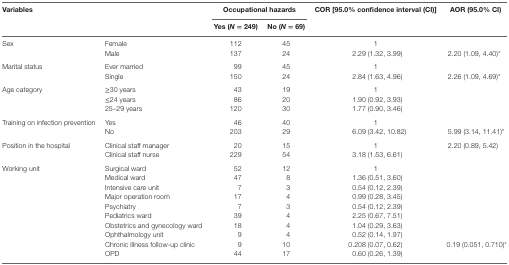
<table><thead><tr><td rowspan="2" colspan="2"><b>Variables</b></td><td colspan="2"><b>Occupational hazards</b></td><td rowspan="2"><b>COR [95.0% confidence interval (CI)]</b></td><td rowspan="2"><b>AOR (95.0% CI)</b></td></tr><tr><td><b>Yes (<i>N</i> = 249)</b></td><td><b>No (<i>N</i> = 69)</b></td></tr></thead><tbody><tr><td rowspan="2">Sex</td><td>Female</td><td>112</td><td>45</td><td>1</td><td></td></tr><tr><td>Male</td><td>137</td><td>24</td><td>2.29 (1.32, 3.99)</td><td>2.20 (1.09, 4.40)*</td></tr><tr><td rowspan="2">Marital status</td><td>Ever married</td><td>99</td><td>45</td><td>1</td><td></td></tr><tr><td>Single</td><td>150</td><td>24</td><td>2.84 (1.63, 4.96)</td><td>2.26 (1.09, 4.69)*</td></tr><tr><td rowspan="3">Age category</td><td>≥30 years</td><td>43</td><td>19</td><td>1</td><td rowspan="3"></td></tr><tr><td>≤24 years</td><td>86</td><td>20</td><td>1.90 (0.92, 3.93)</td></tr><tr><td>25–29 years</td><td>120</td><td>30</td><td>1.77 (0.90, 3.46)</td></tr><tr><td rowspan="2">Training on infection prevention</td><td>Yes</td><td>46</td><td>40</td><td>1</td><td></td></tr><tr><td>No</td><td>203</td><td>29</td><td>6.09 (3.42, 10.82)</td><td>5.99 (3.14, 11.41)*</td></tr><tr><td rowspan="2">Position in the hospital</td><td>Clinical staff manager</td><td>20</td><td>15</td><td>1</td><td rowspan="2">2.20 (0.89, 5.42)</td></tr><tr><td>Clinical staff nurse</td><td>229</td><td>54</td><td>3.18 (1.53, 6.61)</td></tr><tr><td rowspan="10">Working unit</td><td>Surgical ward</td><td>52</td><td>12</td><td>1</td><td rowspan="7"></td></tr><tr><td>Medical ward</td><td>47</td><td>8</td><td>1.36 (0.51, 3.60)</td></tr><tr><td>Intensive care unit</td><td>7</td><td>3</td><td>0.54 (0.12, 2.39)</td></tr><tr><td>Major operation room</td><td>17</td><td>4</td><td>0.99 (0.28, 3.45)</td></tr><tr><td>Psychiatry</td><td>7</td><td>3</td><td>0.54 (0.12, 2.39)</td></tr><tr><td>Pediatrics ward</td><td>39</td><td>4</td><td>2.25 (0.67, 7.51)</td></tr><tr><td>Obstetrics and gynecology ward</td><td>18</td><td>4</td><td>1.04 (0.29, 3.63)</td></tr><tr><td>Ophthalmology unit</td><td>9</td><td>4</td><td>0.52 (0.14, 1.97)</td><td></td></tr><tr><td>Chronic illness follow-up clinic</td><td>9</td><td>10</td><td>0.208 (0.07, 0.62)</td><td rowspan="2">0.19 (0.051, 0.710)*</td></tr><tr><td>OPD</td><td>44</td><td>17</td><td>0.60 (0.26, 1.39)</td></tr></tbody></table>